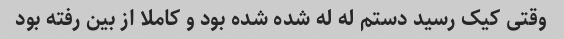
وقتی کیک رسید دستم له له شده شده بود و کاملا از بین رفته بود